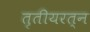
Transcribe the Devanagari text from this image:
तृतीयरत्न